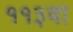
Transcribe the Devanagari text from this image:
११३वा